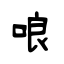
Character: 哴